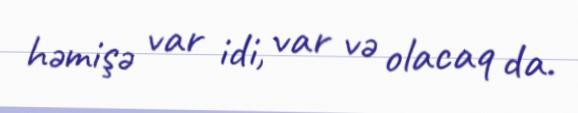
həmişə var idi, var və olacaq da.